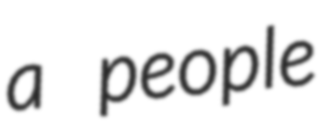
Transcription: a people